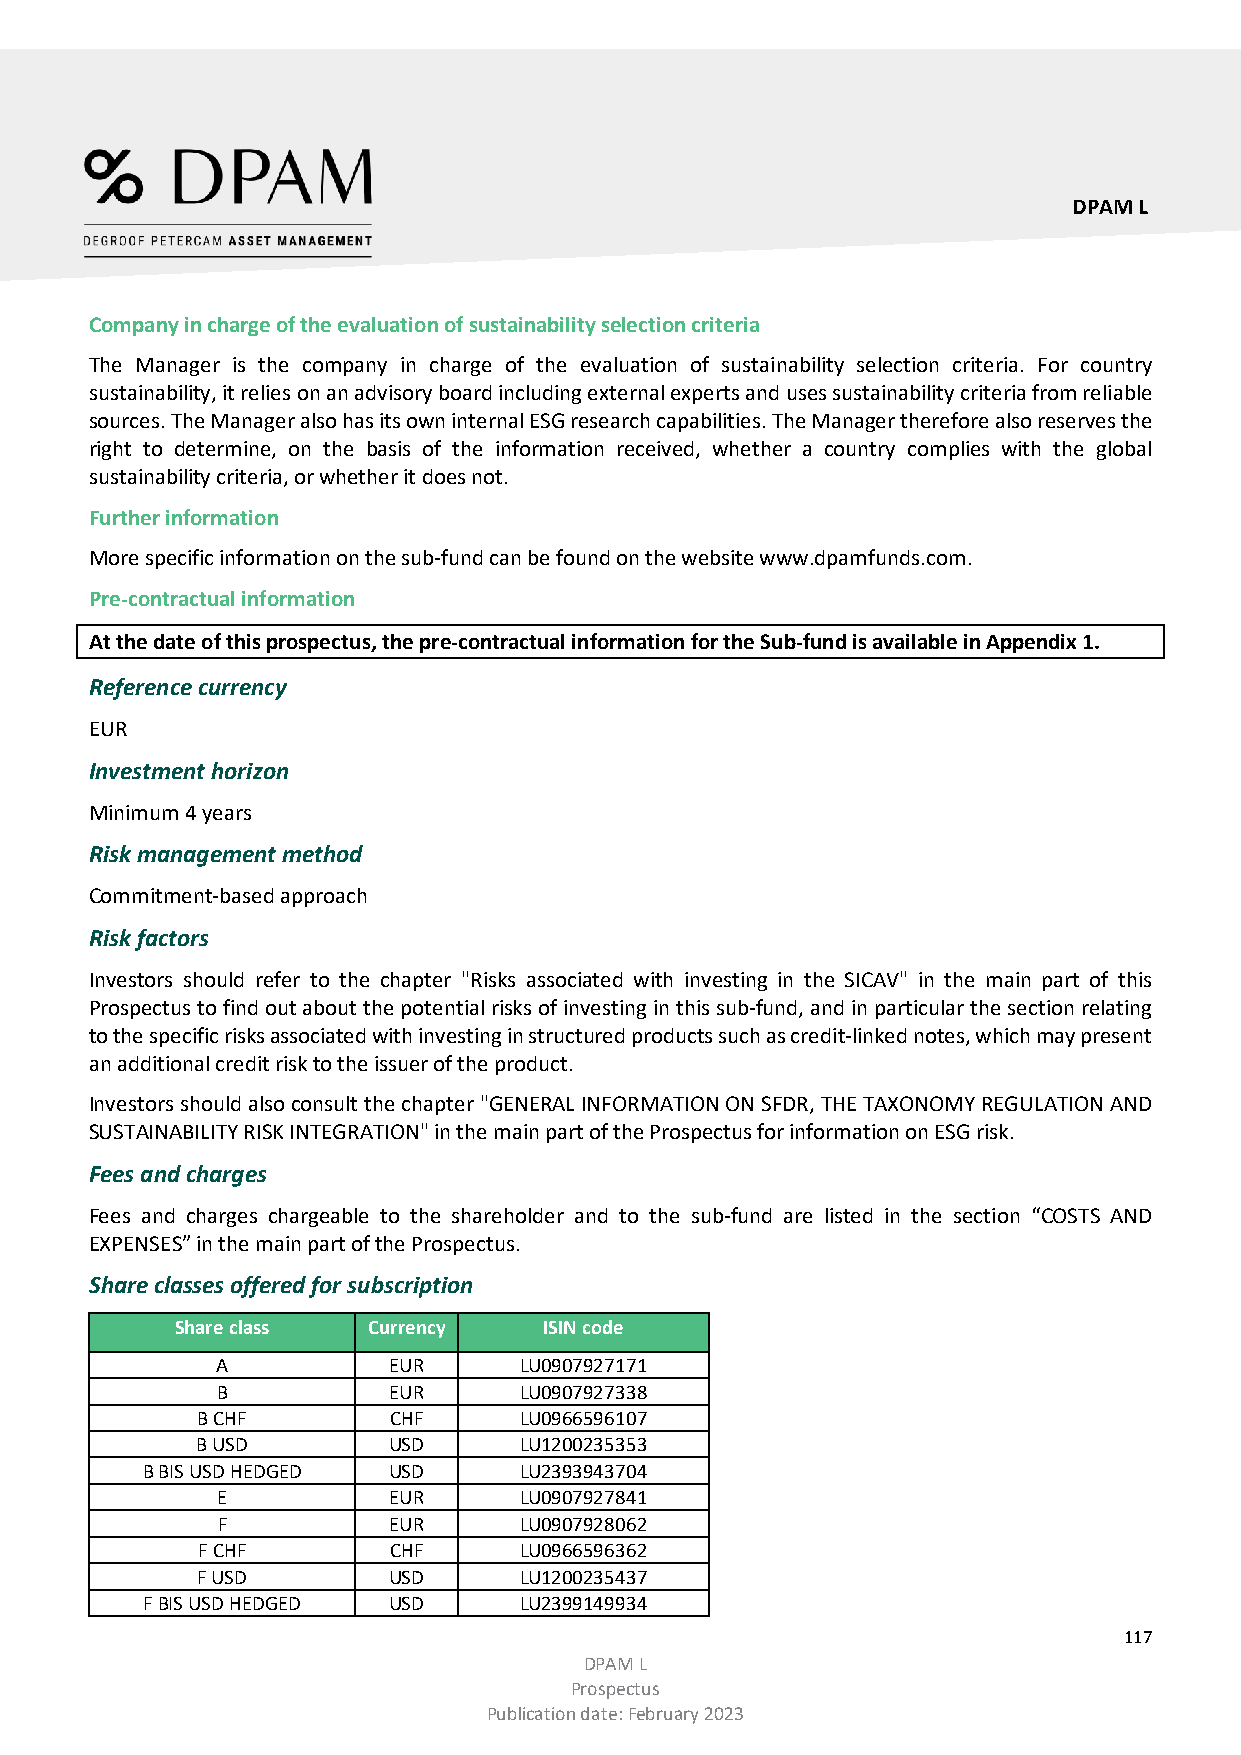
DPAM L
 Company in charge of the evaluation of sustainability selection criteria
 The Manager is the company in charge of the evaluation of sustainability selection criteria. For country
 sustainability, it relies on an advisory board including external experts and uses sustainability criteria from reliable
 sources. The Manager also has its own internal ESG research capabilities. The Manager therefore also reserves the
 right to determine, on the basis of the information received, whether a country complies with the global
 sustainability criteria, or whether it does not.
 Further information
 More specific information on the sub-fund can be found on the website www.dpamfunds.com.
 Pre-contractual information
 At the date of this prospectus, the pre-contractual information for the Sub-fund is available in Appendix 1.
 Reference currency
 EUR
 Investment horizon
 Minimum 4 years
 Risk management method
 Commitment-based approach
 Risk factors
 Investors should refer to the chapter "Risks associated with investing in the SICAV" in the main part of this
 Prospectus to find out about the potential risks of investing in this sub-fund, and in particular the section relating
 to the specific risks associated with investing in structured products such as credit-linked notes, which may present
 an additional credit risk to the issuer of the product.
 Investors should also consult the chapter "GENERAL INFORMATION ON SFDR, THE TAXONOMY REGULATION AND
 SUSTAINABILITY RISK INTEGRATION" in the main part of the Prospectus for information on ESG risk.
 Fees and charges
 Fees and charges chargeable to the shareholder and to the sub-fund are listed in the section “COSTS AND
 EXPENSES” in the main part of the Prospectus.
 Share classes offered for subscription
 Share class Currency    ISIN code
 A           EUR     LU0907927171
 B           EUR     LU0907927338
 B CHF        CHF     LU0966596107
 B USD        USD     LU1200235353
 B BIS USD HEDGED USD     LU2393943704
 E           EUR     LU0907927841
 F           EUR     LU0907928062
 F CHF        CHF     LU0966596362
 F USD        USD     LU1200235437
 F BIS USD HEDGED USD     LU2399149934
 117
 DPAM L
 Prospectus
 Publication date: February 2023